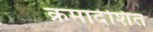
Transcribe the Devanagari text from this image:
क्रमादेशित